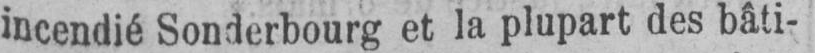
incendié Sonderbourg et la plupart des bâti-